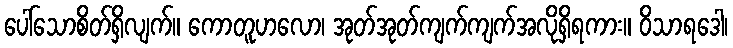
ပေါ်သောစိတ်ရှိလျက်။ ကောတူဟလော၊ အုတ်အုတ်ကျက်ကျက်အလိုရှိရကား။ ဝိသာရဒေါ၊